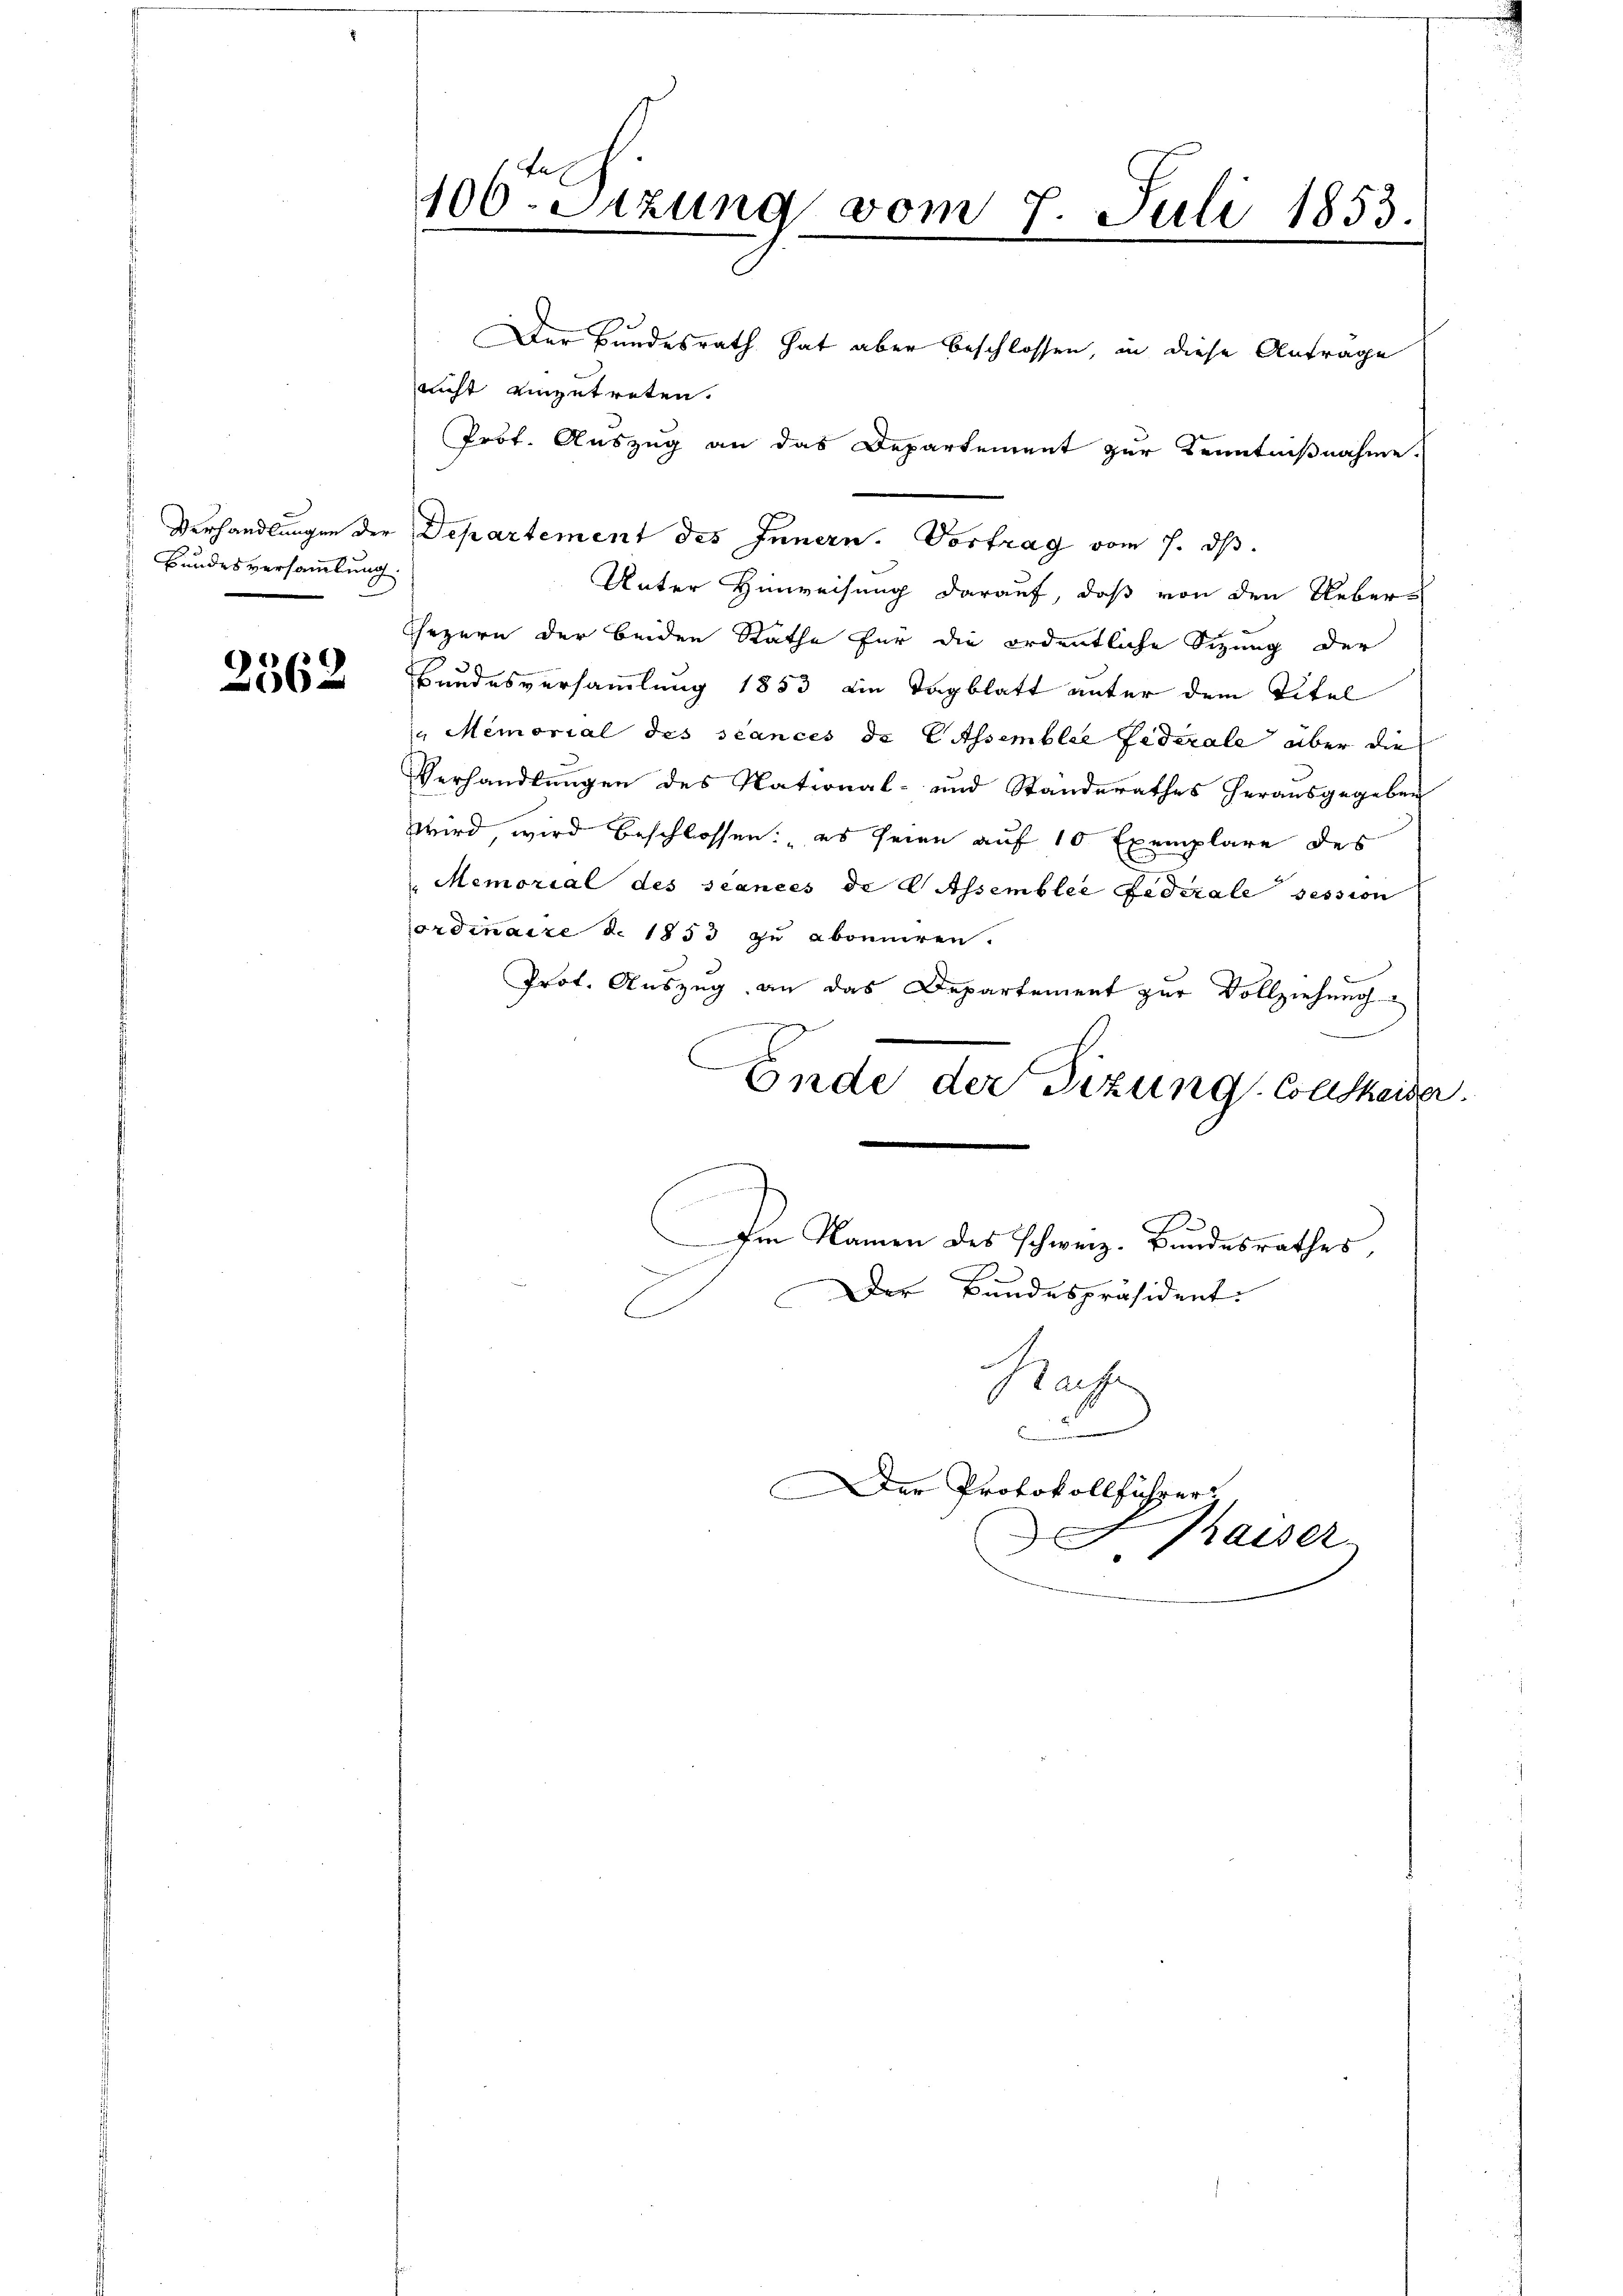
Verhandlungen der
Bundesversammlung

2562

106. Sizung vom 7. Juli 1853.

Der Bundesrath hat aber beschlossen, in diese Antrage
nicht einzutreten.
Prof. Auszug an das Departement zur Kenntnißnahme.
Departement des Innern. Vortrag vom 7. ds.
Unter Hinweisung darauf, daß von den Ueber¬
Chezern der beiden Rathe für die ordentliche Sitzung der
Bundesversammlung 1853 ein Tagblatt unter dem Titel
 Memorial des séances de Assemblie Federale aber die
Verhandlungen des National- und Standerathes herausgegeben
wird, wird beschlossen: es seien auf 10 Exemplare des
Memorial des stances de lassemblée Federale session
ordinaire d. 1853 zu abonniren.
Prot. Auszug an das Departement zur Vollziehung
Ende der Sizung Collskaiser.
Im Namen des Schweiz. Bundesrathes,
Der Bundespräsident.
Rache
d
er Protokollführer
phaiser
F